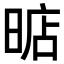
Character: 𣈘